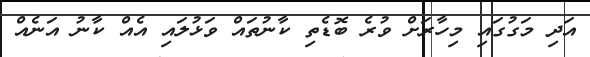
އަދި މަގުގައި މިހާރަށް ވުރެ ބޮޑެތި ކާނުތައް ވަޅުލައި އެއް ކާނު އަނެއް